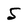
Character: 5